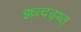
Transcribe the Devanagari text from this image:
झ्ध्र्त्दढ़थ्त्